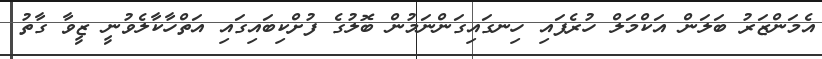
އެމަންޒަރު ބަލަން އަކްމަލް ހުރެފައި ހިނގައިގަންނަމުން ބޮލުގެ ފުށްކިބައިގައި އަތްހާކާލެވުނީ ޒީވާ ގާތު